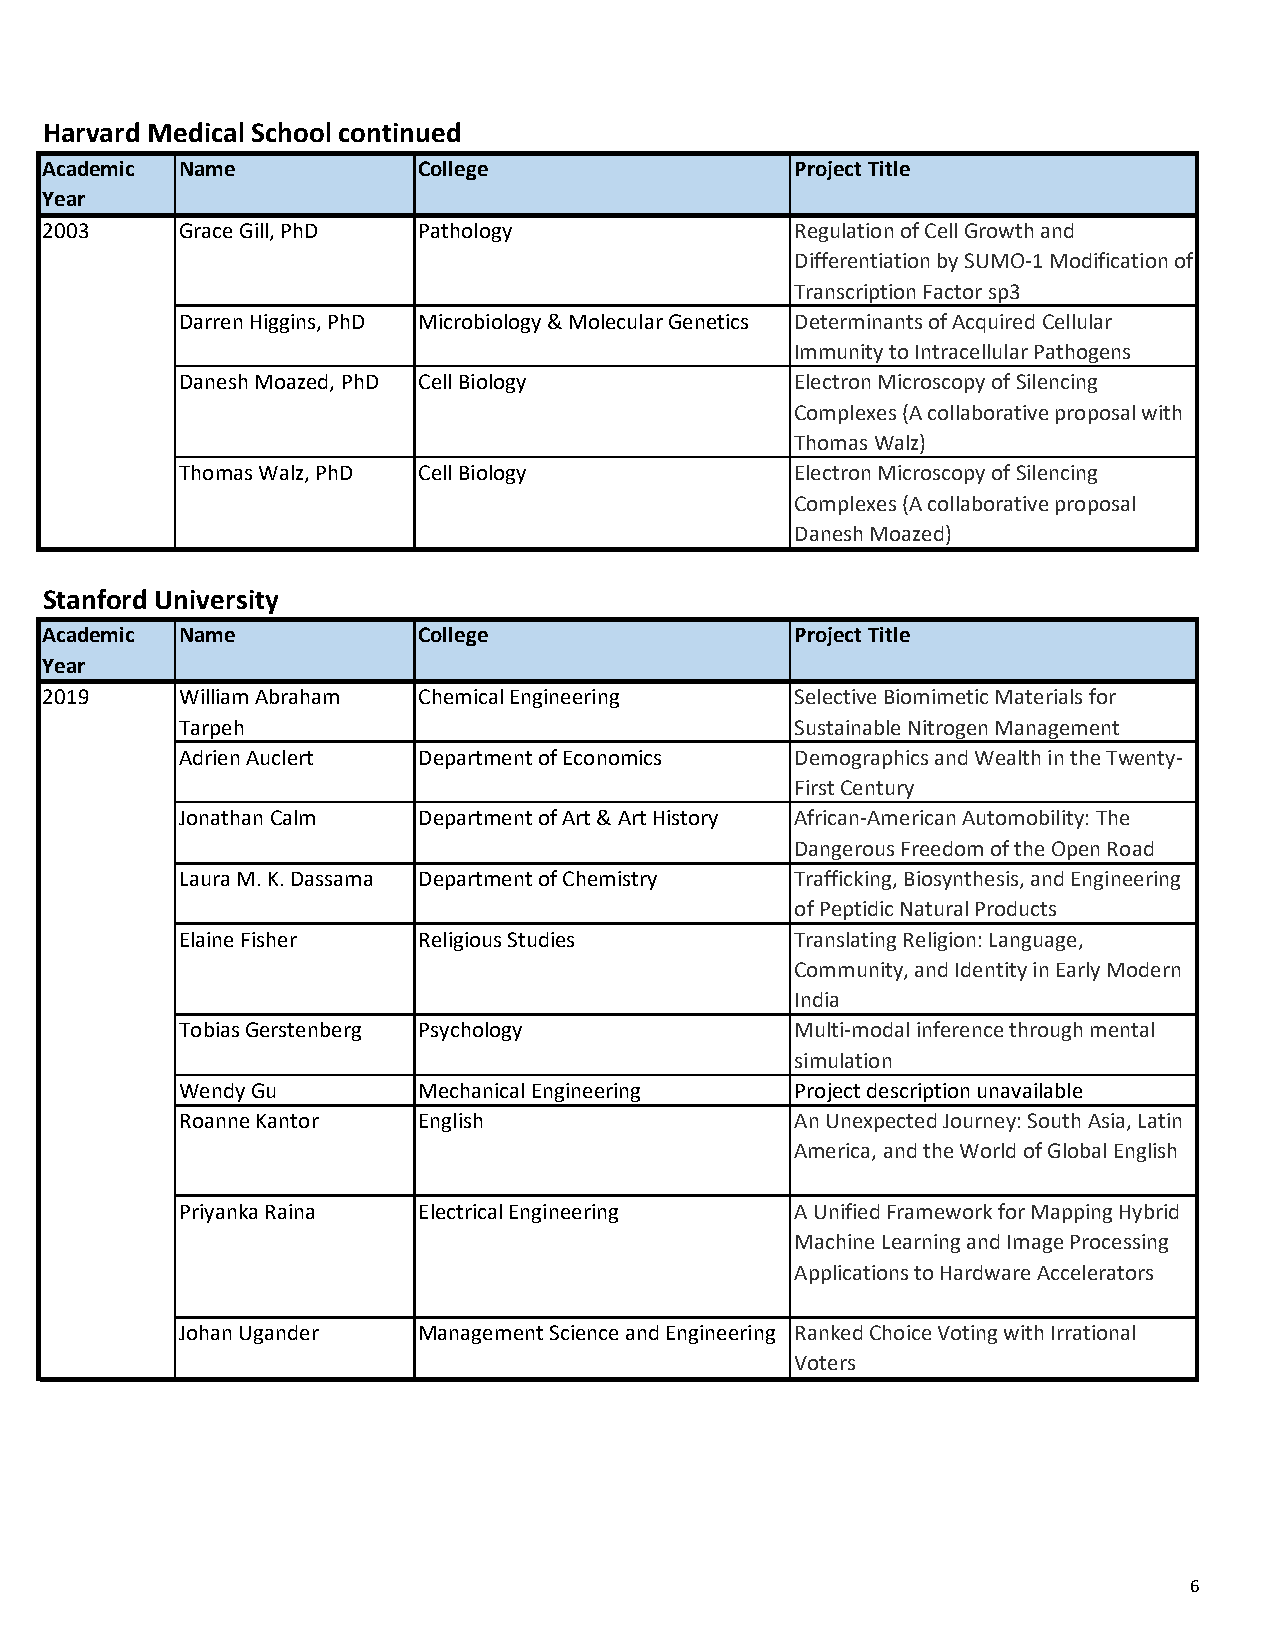
Harvard Medical School continued
 Academic Name            College                  Project Title
 Year
 2003     Grace Gill, PhD Pathology                Regulation of Cell Growth and
 Differentiation by SUMO-1 Modification of
 Transcription Factor sp3
 Darren Higgins, PhD Microbiology & Molecular Genetics Determinants of Acquired Cellular
 Immunity to Intracellular Pathogens
 Danesh Moazed, PhD Cell Biology          Electron Microscopy of Silencing
 Complexes (A collaborative proposal with
 Thomas Walz)
 Thomas Walz, PhD Cell Biology            Electron Microscopy of Silencing
 Complexes (A collaborative proposal
 Danesh Moazed)
 Stanford University
 Academic Name            College                  Project Title
 Year
 2019     William Abraham Chemical Engineering     Selective Biomimetic Materials for
 Tarpeh                                   Sustainable Nitrogen Management
 Adrien Auclert  Department of Economics  Demographics and Wealth in the Twenty-
 First Century
 Jonathan Calm   Department of Art & Art History African-American Automobility: The
 Dangerous Freedom of the Open Road
 Laura M. K. Dassama Department of Chemistry Trafficking, Biosynthesis, and Engineering
 of Peptidic Natural Products
 Elaine Fisher   Religious Studies        Translating Religion: Language,
 Community, and Identity in Early Modern
 India
 Tobias Gerstenberg Psychology            Multi-modal inference through mental
 simulation
 Wendy Gu        Mechanical Engineering   Project description unavailable
 Roanne Kantor   English                  An Unexpected Journey: South Asia, Latin
 America, and the World of Global English
 Priyanka Raina  Electrical Engineering   A Unified Framework for Mapping Hybrid
 Machine Learning and Image Processing
 Applications to Hardware Accelerators
 Johan Ugander   Management Science and Engineering Ranked Choice Voting with Irrational
 Voters
 6